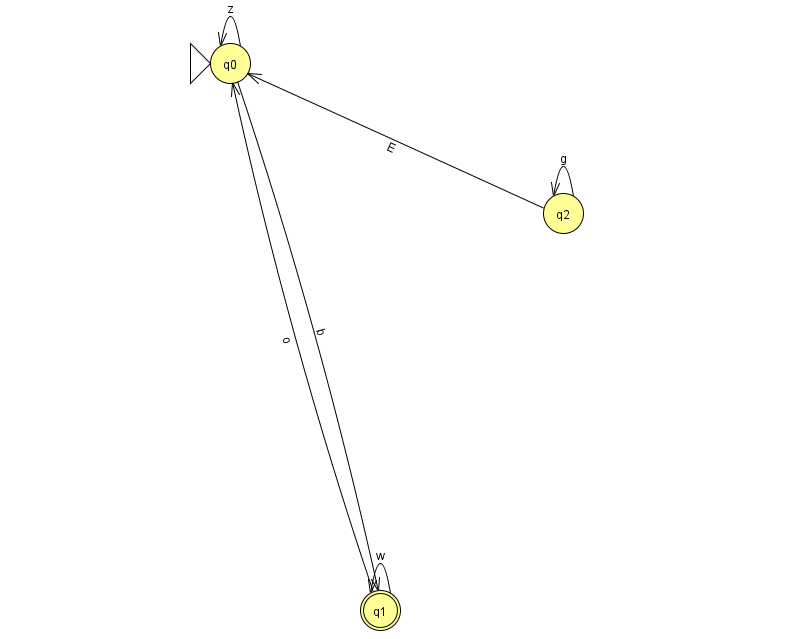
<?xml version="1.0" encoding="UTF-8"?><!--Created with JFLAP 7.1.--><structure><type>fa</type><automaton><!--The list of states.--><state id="0" name="q0"><x>230.0</x><y>50.0</y><initial/></state><state id="1" name="q1"><x>380.0</x><y>597.0</y><final/></state><state id="2" name="q2"><x>563.0</x><y>200.0</y></state><!--The list of transitions.--><transition><from>1</from><to>0</to><read>o</read></transition><transition><from>2</from><to>0</to><read>E</read></transition><transition><from>1</from><to>1</to><read>w</read></transition><transition><from>2</from><to>2</to><read>g</read></transition><transition><from>0</from><to>0</to><read>z</read></transition><transition><from>0</from><to>1</to><read>b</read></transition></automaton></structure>